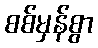
စစ်မှန်စွာ